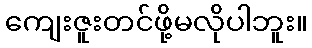
ကျေးဇူးတင်ဖို့မလိုပါဘူး။